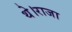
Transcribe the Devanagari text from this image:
थे।राजा